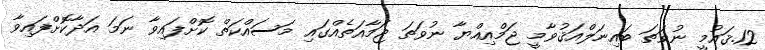
12.ޤައުމީ ނުވަތަ ބައިނަލްއަޤުވާމީ ޖަމްއިއްޔާ ނުވަތަ ޖަމާއަތެއްގައި މަސައްކަތް ކޮށްފައިވާ ނަމަ އަދާކޮށްފައިވާ